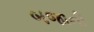
બજાની